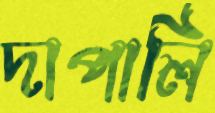
দাপালি